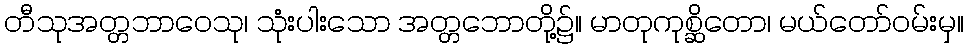
တီသုအတ္တဘာဝေသု၊ သုံးပါးသော အတ္တဘောတို့၌။ မာတုကုစ္ဆိတော၊ မယ်တော်ဝမ်းမှ။